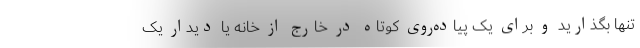
تنها بگذارید و برای یک پیاده‌روی کوتاه در خارج از خانه یا دیدار یک